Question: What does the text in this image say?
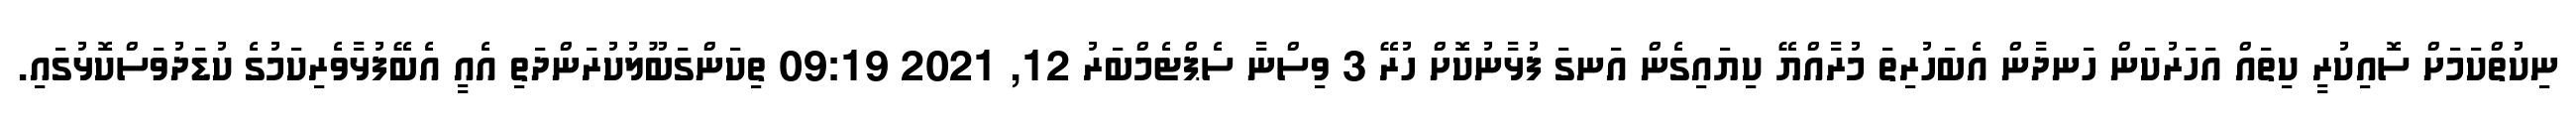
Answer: ނިކުތްކަމަށް ސޮއިކުރީ ކިތައް އަހަރުކަން ހަނދާން އެބަހުރިތަ މުރާއްޔޭ ކިޔައިގެން އަނގަ ފުޅާނުކޮށް ހުރޭ 3 ވިސްނާ ސެޕްޓެމްބަރު 12, 2021 09:19 ތިކަންގަބޫލުކުރަންދަތި އެއީ އެބޭފުޅާވެރިކަމުގެ ކުޑަދުވަސްކޮޅުގައި.